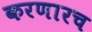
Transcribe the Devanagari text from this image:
करणारच